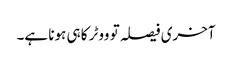
آخری فیصلہ تو ووٹر کا ہی ہونا ہے۔